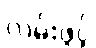
လမ်းဖွင့်